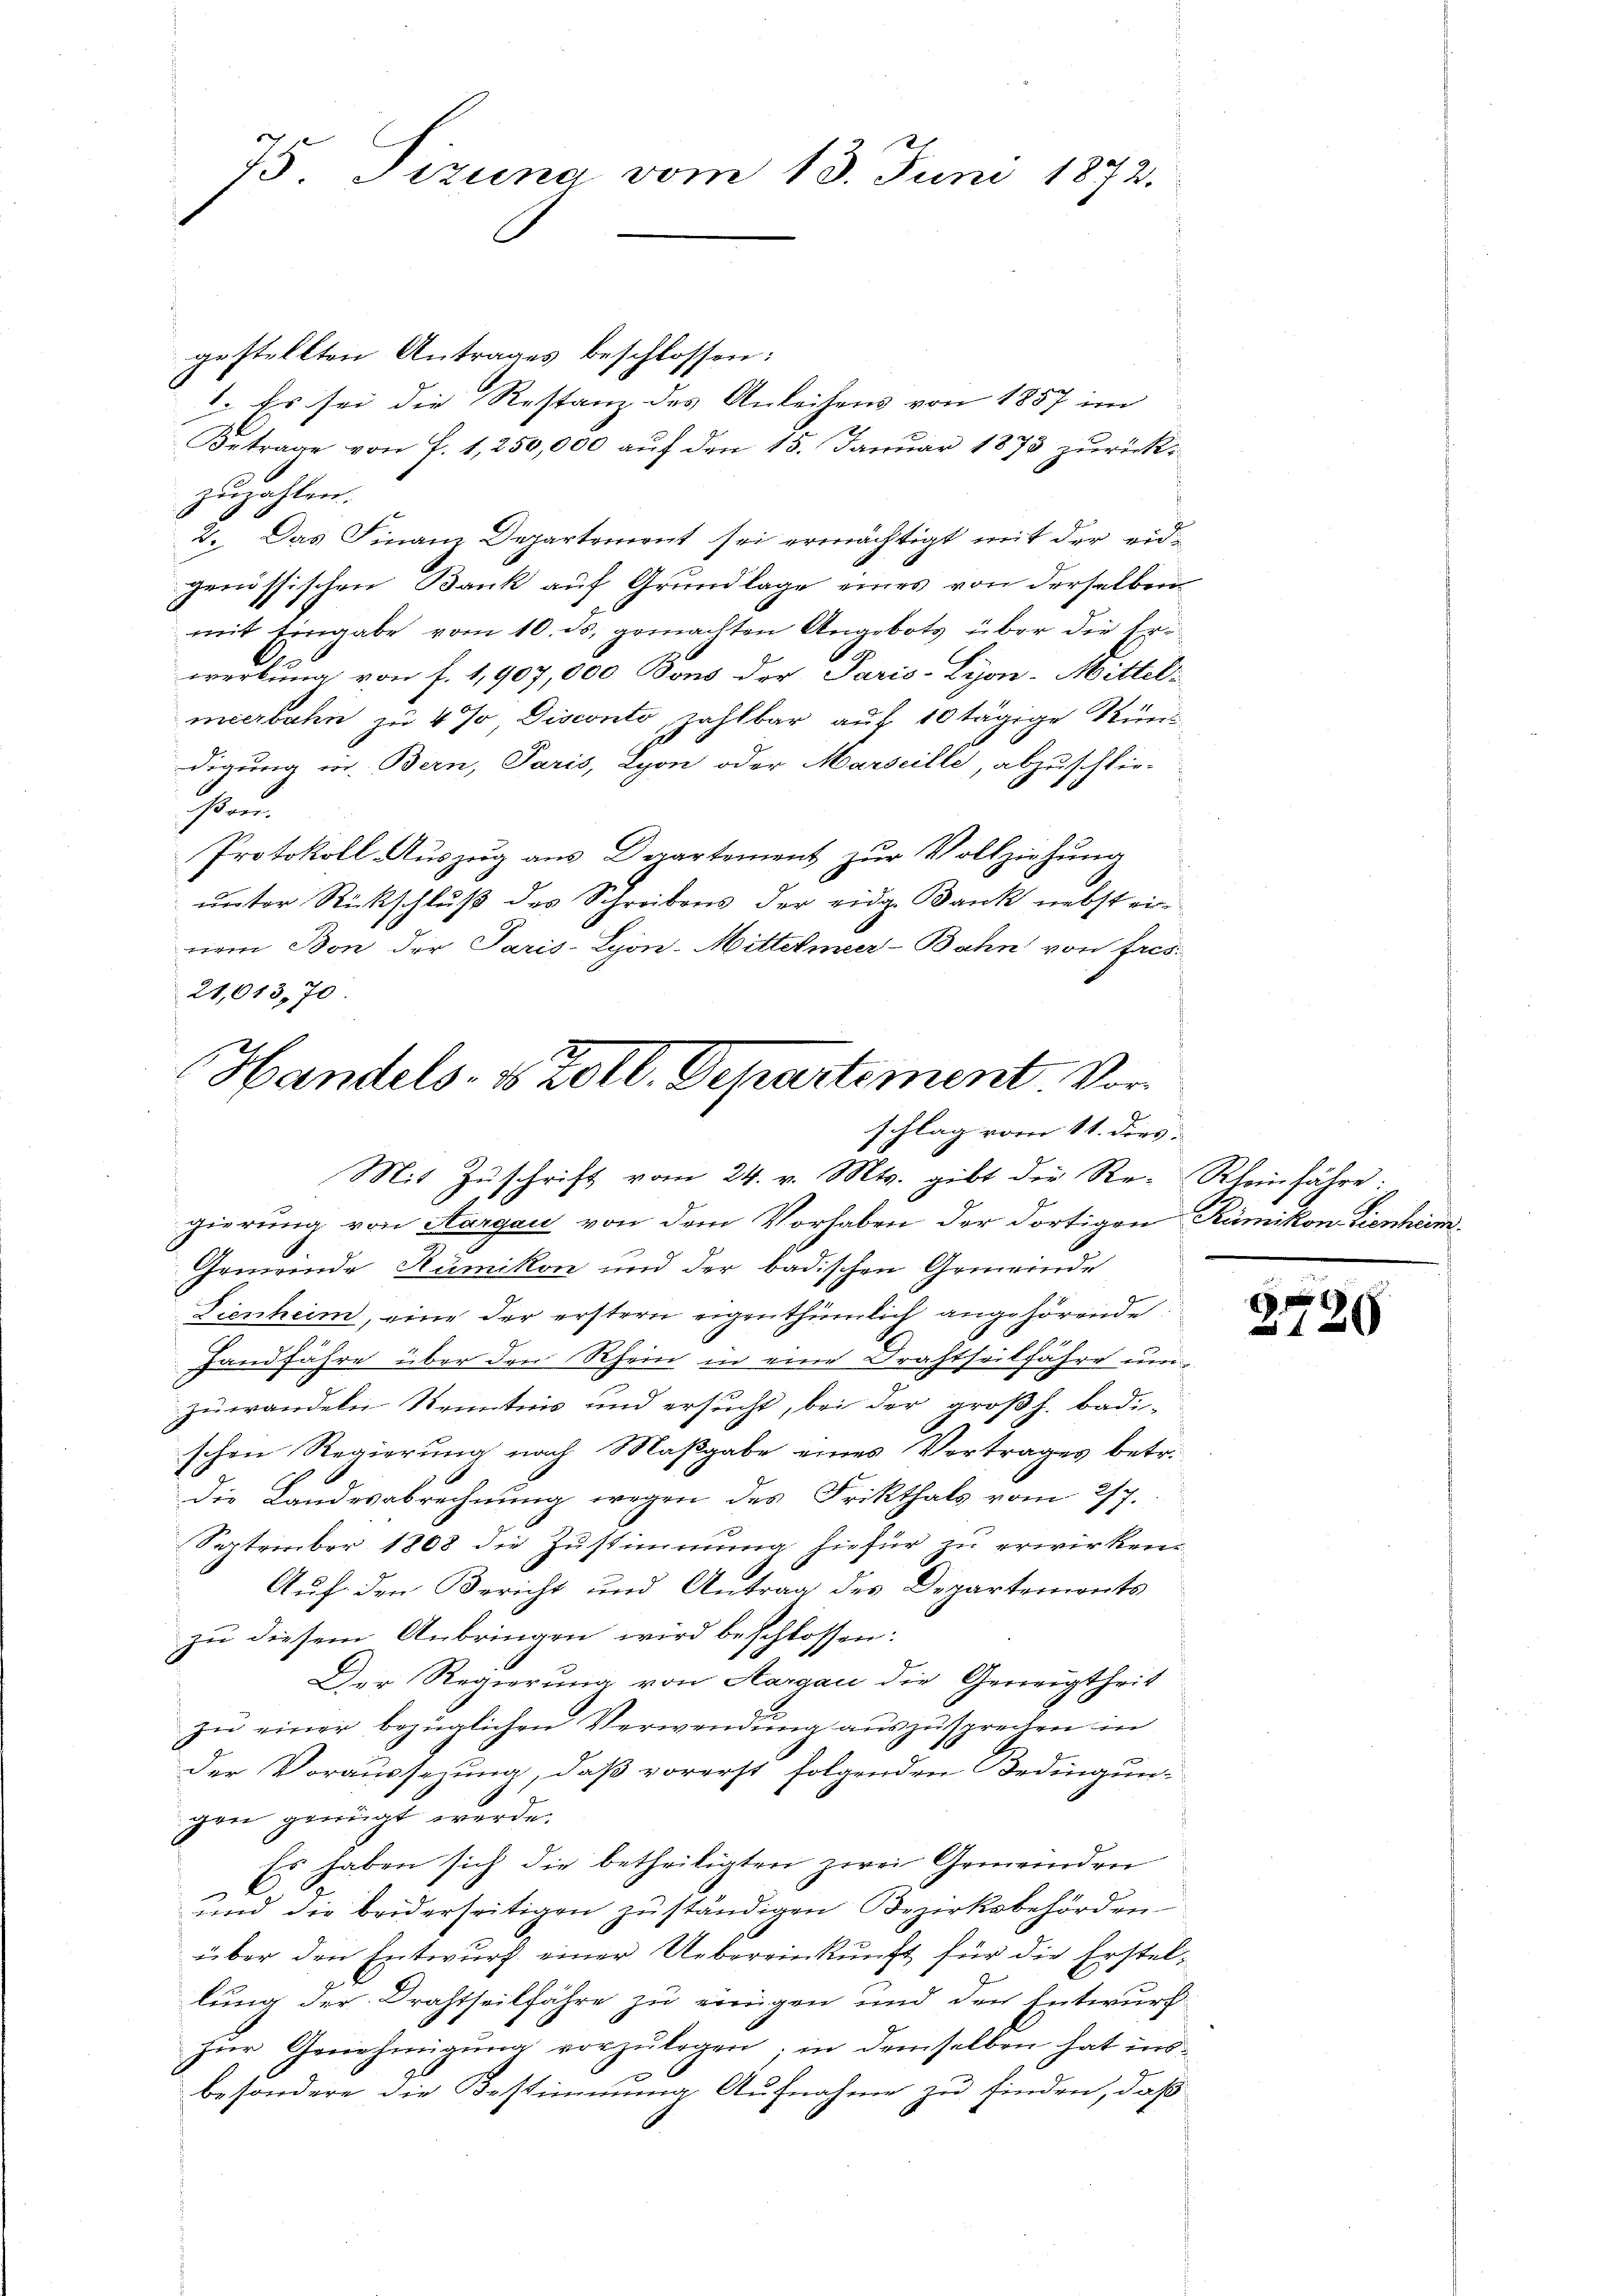
75. Tizuna vom 13. Juni 1872.

gestellten Antrages beschlossen:
1. Es sei die Restanz des Anleihens von 1857 im
Betrage von f. 1,250,000 auf den 13. Januar 1873 zurückzuzahlen.
2. Das Finanz Departement sei ermächtigt mit der eidgenössischen Bank auf Grundlage eines von derselben
mit Eingabe vom 10. ds. gemachten Angebots über die Er-
werbung von f. 1,907,000 Bons der Paris-Lyon-Mittel-
meerbahn zu 4 Jo, Disconto zahlbar auf 10 tägige Stund
digung in Bern, Paris, Lyon oder Marseille, abzuschlei-
stau
Protokoll Auszug aus Departement zur Vollziehung
unter Rückschluß des Schreibens der eidg. Bank nebst eiriem Bon der Paris-Lyon-Mittelmeer-Bahn von fres-
21,013,70
Mit Zŭschrift vom 24. v. Mts. gibt der Re-Rheinfahre:
gierung von Aargau von dem Vorhaben der dortigen Rümikon Lienheim¬
Gemeinde Rümikon und der badischen Gemeinde
Lienheim, eine der erstern eigenthümlich angehörende
fandfahre über den Rhein in eine Drahtseitfahre um
zuwandeln Kenntnis und ersucht, bei der großh. badi-
schen Regierung nach Maßgabe eines Vortrages betr.
Die Landesabrechnung wegen des Frikthals vom 277.
September 1868 die Zustimmung hiefür zu erwirken.
Auf den Bericht und Antrag des Departemonts
zu diesem Anbringen wird beschlossen:
Der Regierung von Aargau die Geneigtheit
zu einer bezüglichen Verwendung auszusprechen in
der Voraussezung, daß vorerst folgenden Bedingun-
gen genügt werde.
Es haben sich die betheiligten zwei Gemeinden
C
und die beiderseitigen zuständigen Bezirksbehörden
über den Entwurf einer Uebereinkunft für die Erstellung der Drahtheilfahre zu einigen und den Entwurf
zur Genehmigung vorzulegen; in demselben hat insbesondere die Bestimmung Aufnahme zu finden, daß

2
Handels- & Zoll. Departement. Vorschlag vom 11. dies

2720